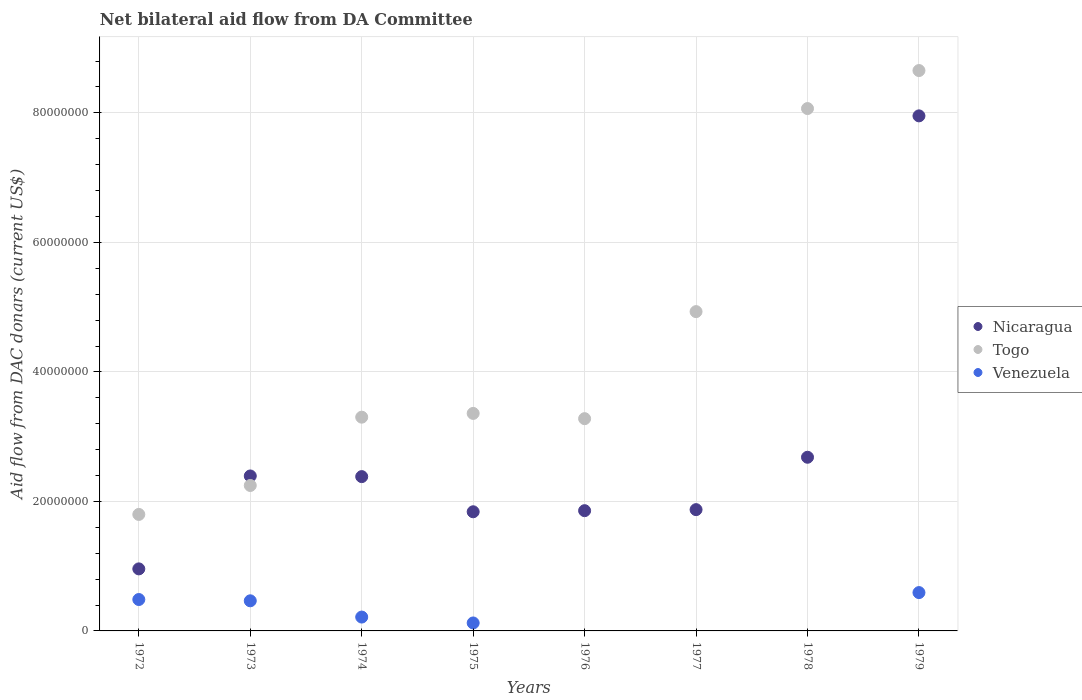
| Years | Nicaragua | Togo | Venezuela |
 | --- | --- | --- | --- |
 | 1972 | 9.58e+06 | 1.8e+07 | 4.85e+06 |
 | 1973 | 2.39e+07 | 2.25e+07 | 4.65e+06 |
 | 1974 | 2.38e+07 | 3.3e+07 | 2.14e+06 |
 | 1975 | 1.84e+07 | 3.36e+07 | 1.23e+06 |
 | 1976 | 1.86e+07 | 3.28e+07 | -1.65e+07 |
 | 1977 | 1.87e+07 | 4.93e+07 | -1.04e+07 |
 | 1978 | 2.68e+07 | 8.07e+07 | -1.84e+07 |
 | 1979 | 7.95e+07 | 8.65e+07 | 5.92e+06 |